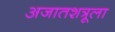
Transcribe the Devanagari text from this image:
अजातशत्रूला